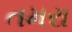
તમરા